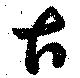
古